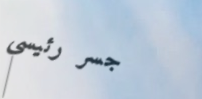
جسر رئيسي